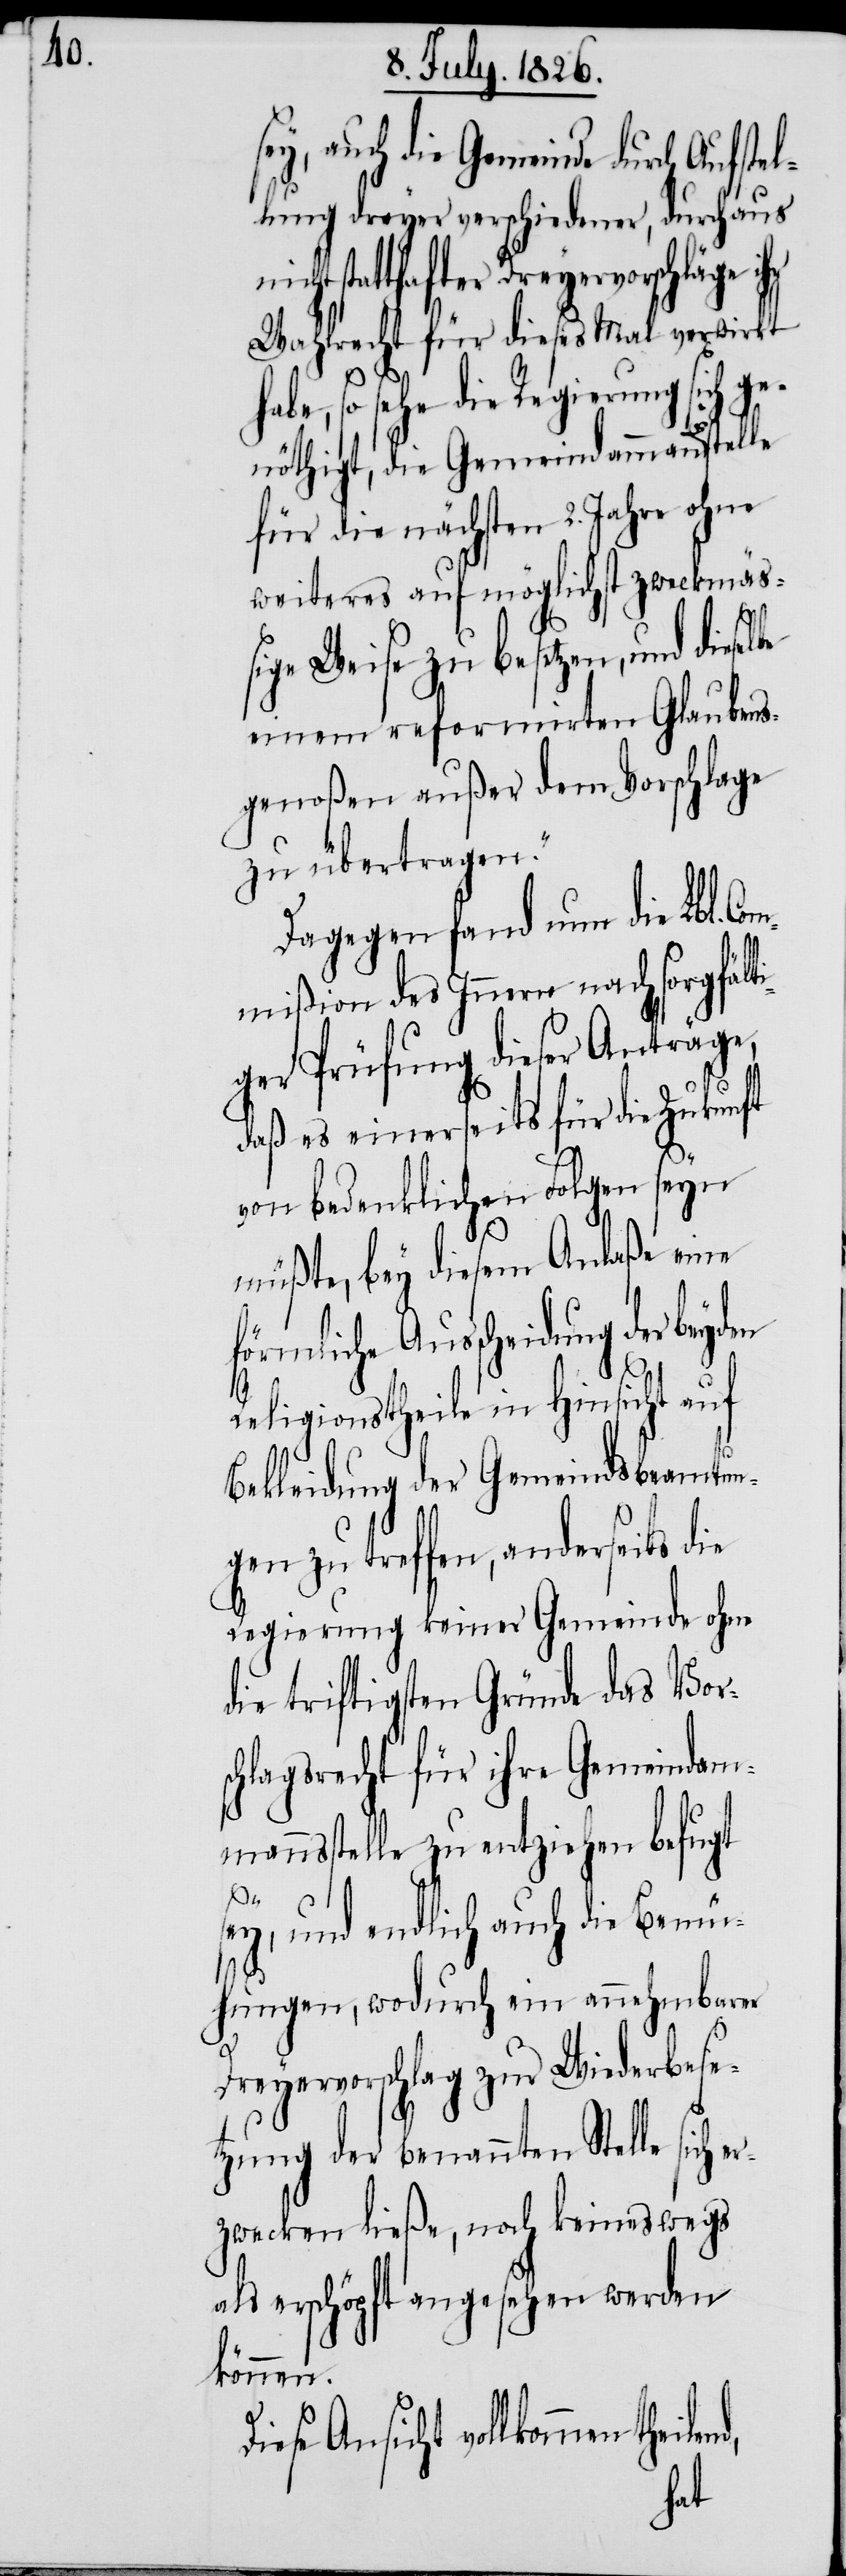
ey, auch die Gemeinde durch Aufst¬
lung dreyer verschiedener, durchaus
atthafter Dreyervorschläge i¬
Wahlrecht für dieses Mal verwirkt
be, so sehe die Regierung sich ge¬
nöthigt, die Gemeindammannsste¬
für die nächsten 2. Jahre ohne
weiteres auf möglichst zweckmäß¬
ige Weise zu besetzen, und diese¬
einem reformirten Glaubens¬
genoßen außer dem Vorschlage
zu übertragen.
Dagegen fand nun die Lbl. Co¬
mmißion des Innern nach sorgfält¬
iger Prüfung dieser Anträge,
daß es einerseits für die Zukunft
von bedenklichen Folgen seyn
müßte, bey diesem Anlaße eine
förmliche Ausscheidung der
Religionstheile in Hinsicht auf
Bekleidung der Gemeindsbeamtun¬
gen zu treffen, anderseits die
Regierung keiner Gemeinde ohne
die triftigsten Gründe das Vors¬
chlagsrecht für ihre Gemeindam¬
nnsstelle zu entziehen befugt
er¬
sey, und endlich auch die Bemü¬
hungen, wodurch ein annehmbarer
Dreyervorschlag zu Wiederbese¬
tzung der benannten Stelle sich
zwecken ließe, noch keineswegs
als erschöpft angesehen werden
können.
Diese Ansicht vollkommen
ha¬